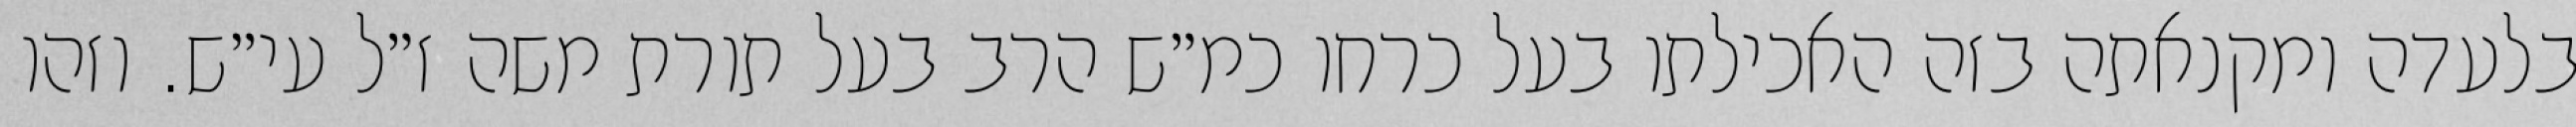
בלעדה ומקנאתה בזה האכילתו בעל כרחו כמ״ש הרב בעל תורת משה ז״ל עי״ש. וזהו